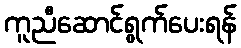
ကူညီဆောင်ရွက်ပေးရန်